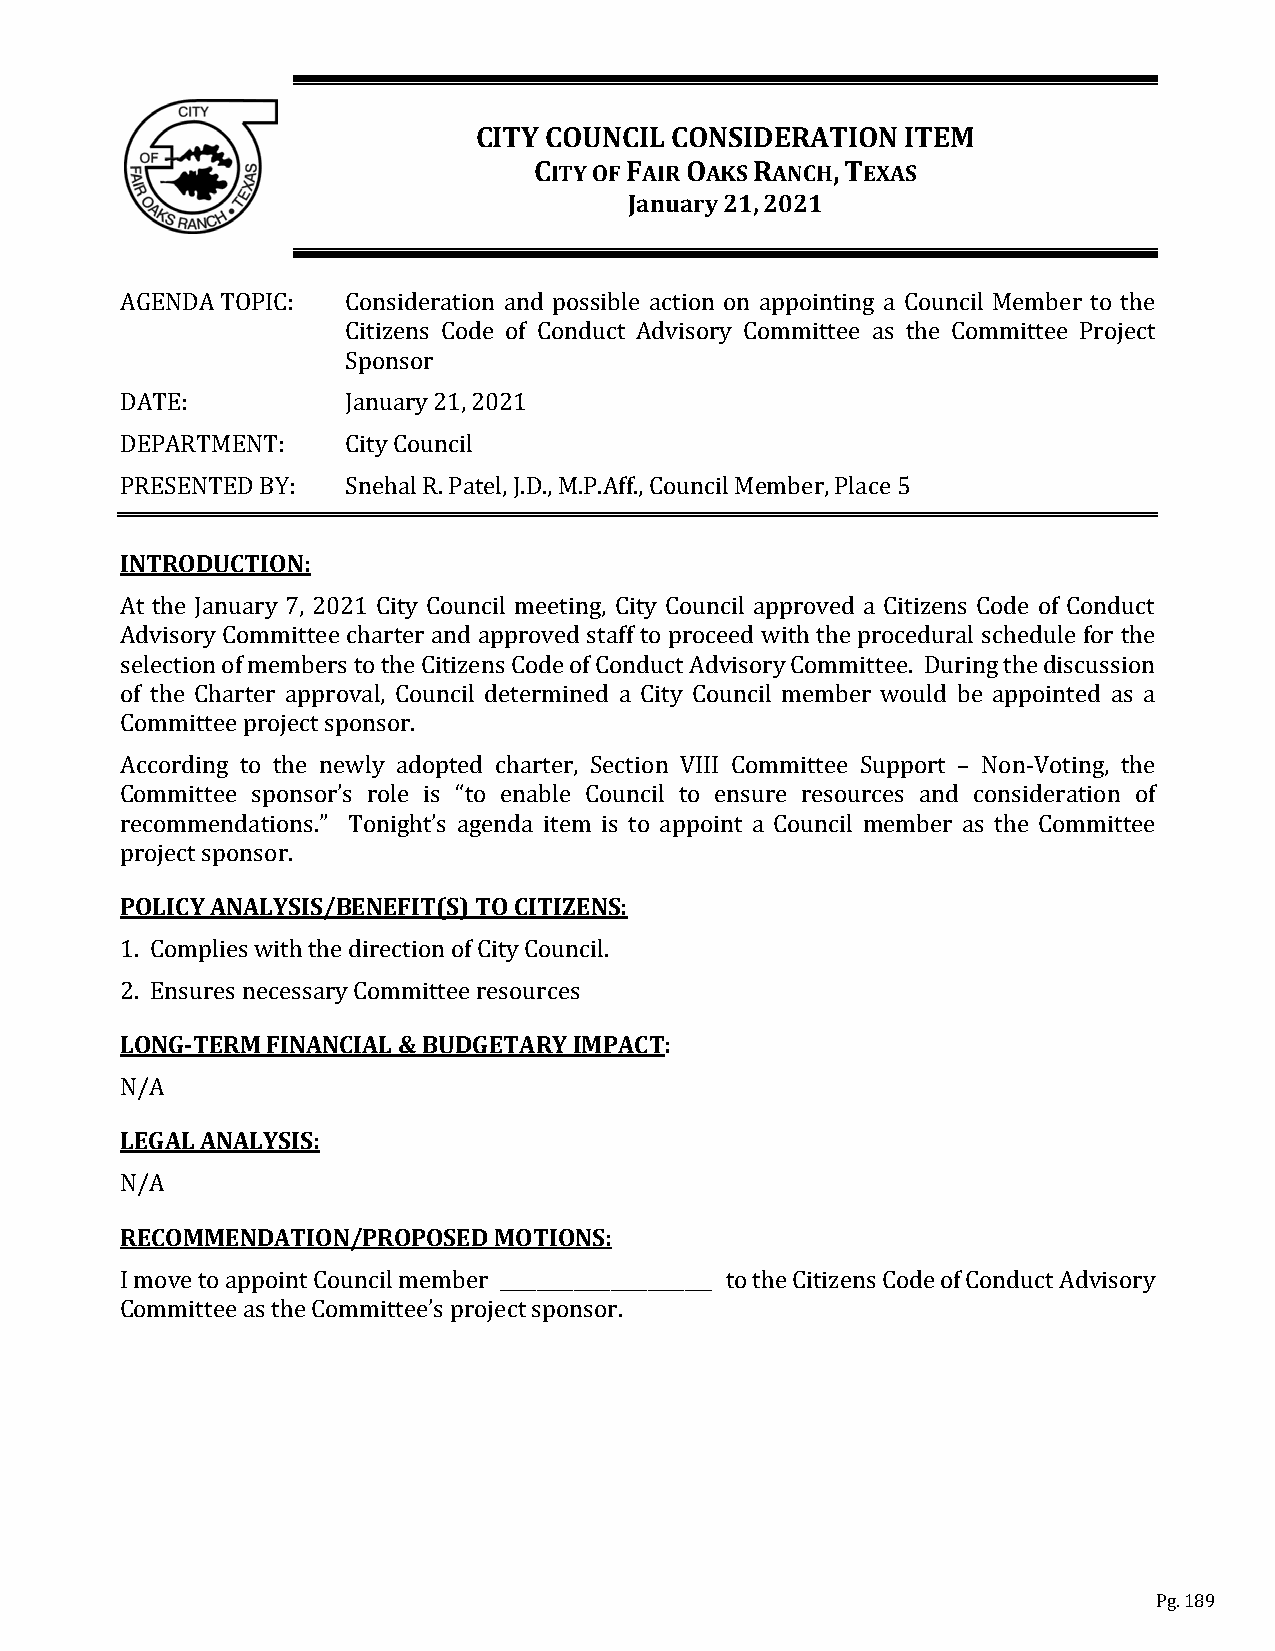
CITY COUNCIL CONSIDERATION  ITEM
 CITY OF FAIR OAKS RANCH, TEXAS
 January 21, 2021
 AGENDA TOPIC:  Consideration and possible action on appointing a Council Member to the
 Citizens Code of Conduct Advisory Committee as the Committee Project
 Sponsor
 DATE:          January 21, 2021
 DEPARTMENT:    City Council
 PRESENTED BY:  Snehal R. Patel, J.D., M.P.Aff., Council Member, Place 5
 INTRODUCTION:
 At the January 7, 2021 City Council meeting, City Council approved a Citizens Code of Conduct
 Advisory Committee charter and approved staff to proceed with the procedural schedule for the
 selection of members to the Citizens Code of Conduct Advisory Committee. During the discussion
 of the Charter approval, Council determined a City Council member would be appointed as a
 Committee project sponsor.
 According to the newly adopted charter, Section VIII Committee Support – Non-Voting, the
 Committee sponsor’s role is “to enable Council to ensure resources and consideration of
 recommendations.” Tonight’s agenda item is to appoint a Council member as the Committee
 PprOoLjeICctY s ApNonAsLoYr.S IS/BENEFIT(S) TO CITIZENS:
 1. Complies with the direction of City Council.
 2L.O ENnGs-uTrEeRs Mne FceINssAaNryC CIAoLm &m iBttUeDe GreEsToAuRrcYe sI MPACT:
 NLE/GAA L ANALYSIS:
 NRE/AC O MMENDATION/PROPOSED MOTIONS:
 I move to appoint Council member _______________________ to the Citizens Code of Conduct Advisory
 Committee as the Committee’s project sponsor.
 Pg. 189